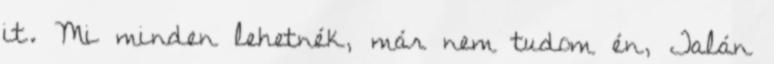
it. Mi minden lehetnék, már nem tudom én, Talán